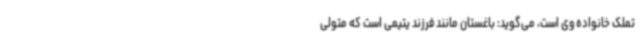
تملک خانواده‌ وی است، می‌گوید: باغستان مانند فرزند یتیمی است که متولی